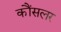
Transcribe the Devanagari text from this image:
कौंसलर